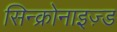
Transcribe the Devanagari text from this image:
सिन्क्रोनाइज़्ड